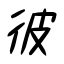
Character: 彼